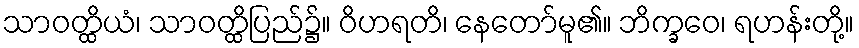
သာဝတ္ထိယံ၊ သာဝတ္ထိပြည်၌။ ဝိဟရတိ၊ နေတော်မူ၏။ ဘိက္ခဝေ၊ ရဟန်းတို့။